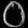
Digit: ၀